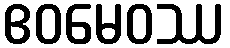
ဧဝမေဝဿ